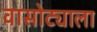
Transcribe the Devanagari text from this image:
वासोट्याला